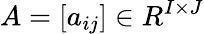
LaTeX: A=[a_{ij}]\in R^{I\times J}